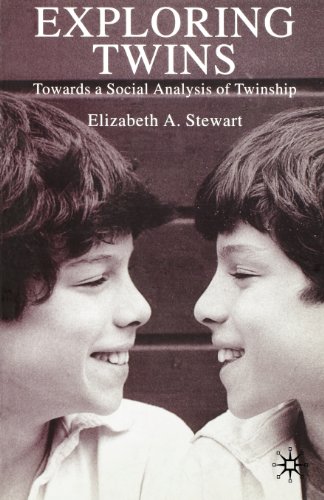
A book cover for Exploring Twins: Towards a Social Analysis of Twinship; Elizabeth A. Stewart; Parenting & Relationships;